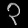
Digit: ၃